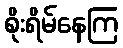
စိုးရိမ်နေကြ